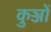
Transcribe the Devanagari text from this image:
कुञ्जों